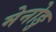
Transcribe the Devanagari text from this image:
मेनोङु